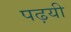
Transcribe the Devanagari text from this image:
पढ़यी